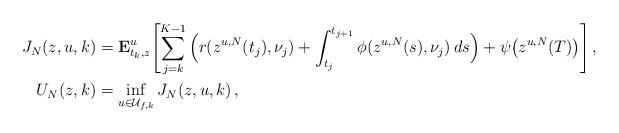
LaTeX: \begin{align*} J_N(z,u, k) & = \mathbf{E}^u_{t_{k},z}\!\left[\sum_{j=k}^{K-1} \Big(r(z^{u,N}(t_j), \nu_j) + \int_{t_j}^{t_{j+1}}\phi(z^{u,N}(s), \nu_j) \,ds\Big) + \psi\big(z^{u,N}(T)\big)\right], \\U_N(z,k) & = \inf_{u \in \mathcal{U}_{f,k}} J_N(z,u, k)\,,\end{align*}